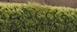
૧૮૦૭